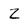
Character: Z